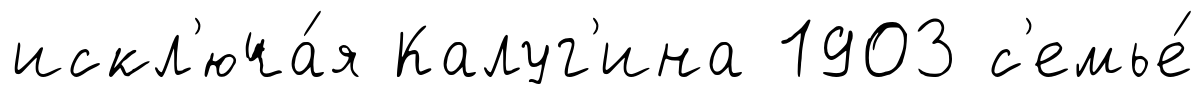
искл'юча́я Калуг'ина 1903 с'емье́